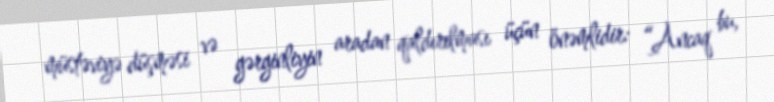
müstəviyə düşməsi və gərginliyin aradan qaldırılması üçün önəmlidir: “Ancaq bu,